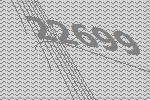
22699